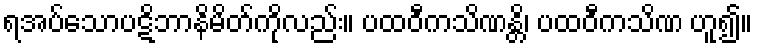
ရအပ်သောပဋိဘာနိမိတ်ကိုလည်း။ ပထဝီကသိဏန္တိ၊ ပထဝီကသိဏ ဟူ၍။